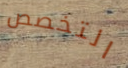
التخصص